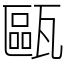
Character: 甌